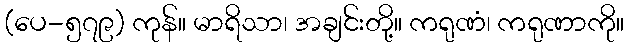
(ပေ-၅၇၉) ကုန်။ မာရိသာ၊ အချင်းတို့။ ကရုဏံ၊ ကရုဏာကို။